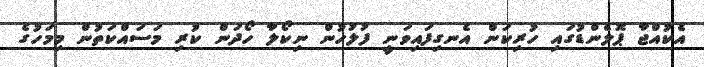
އެކުއްޖާ ޕޮލެންޑުގައި ހުރިކަން އެނގިފައިވަނީ ފުލުހުން ނިކޯލާ ހޯދަން ކުރި މަސައްކަތުން މިމަހުގެ